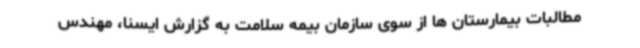
مطالبات بیمارستان ها از سوی سازمان بیمه سلامت به گزارش ایسنا، مهندس